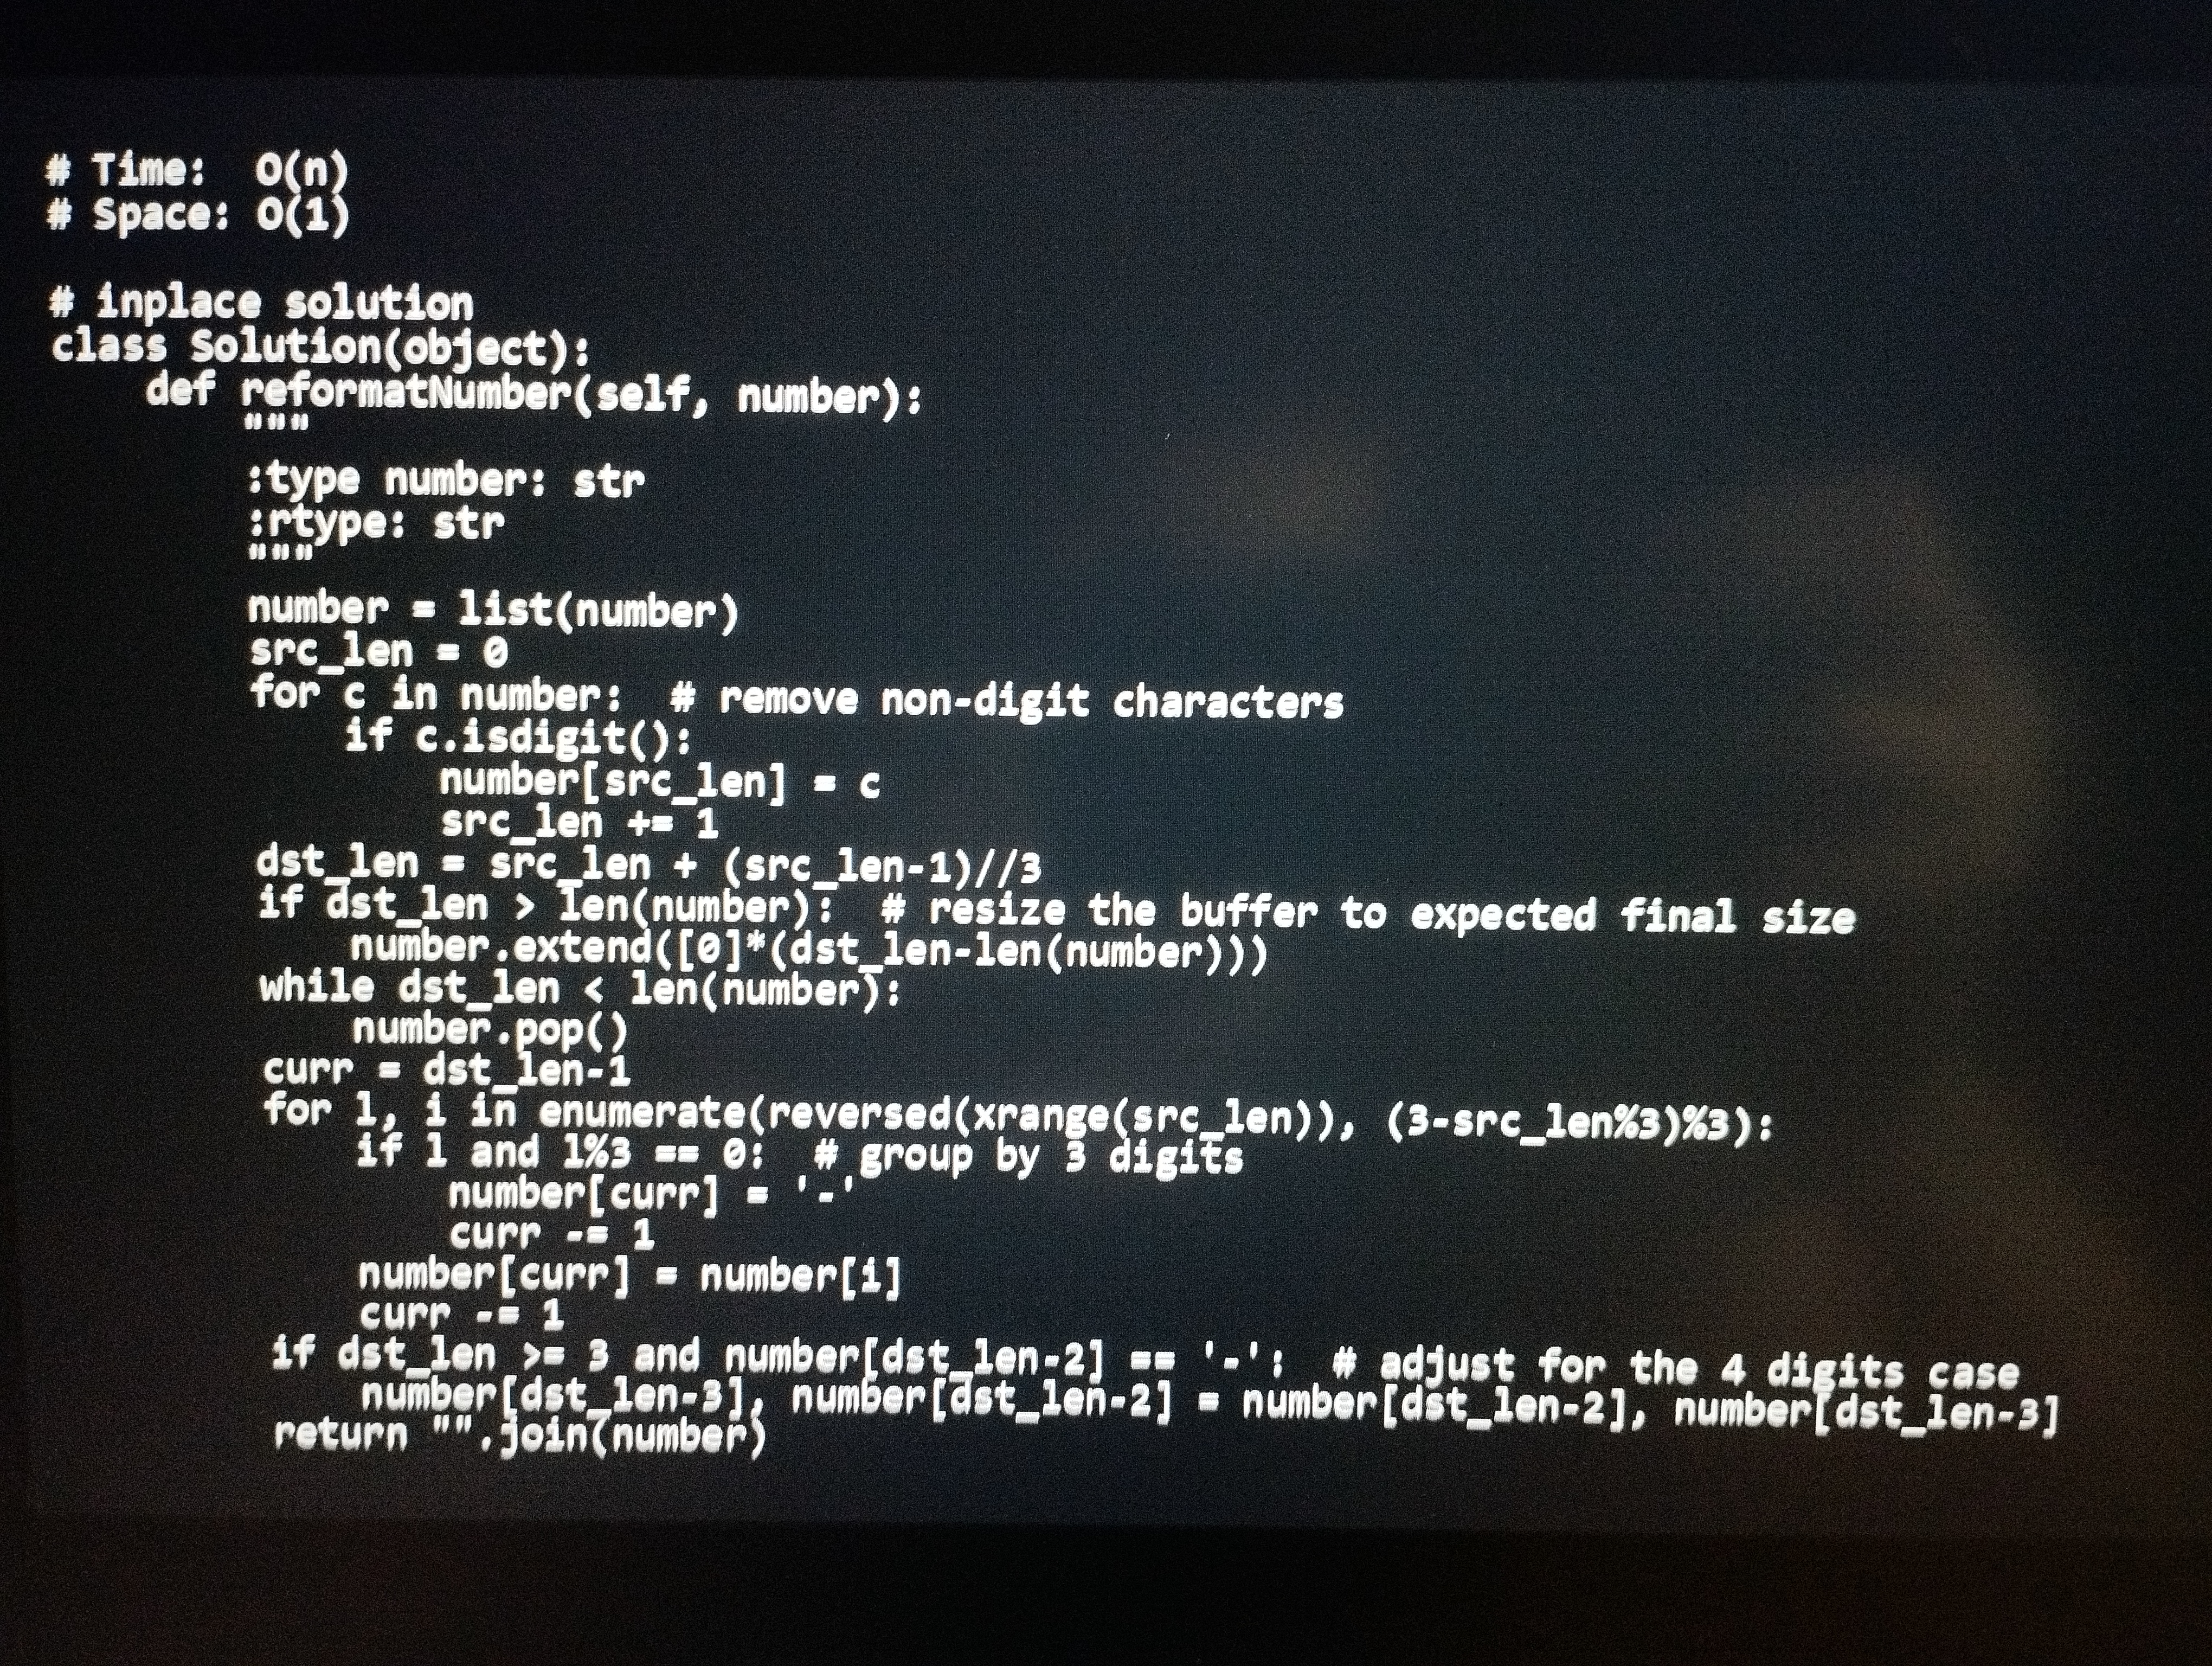
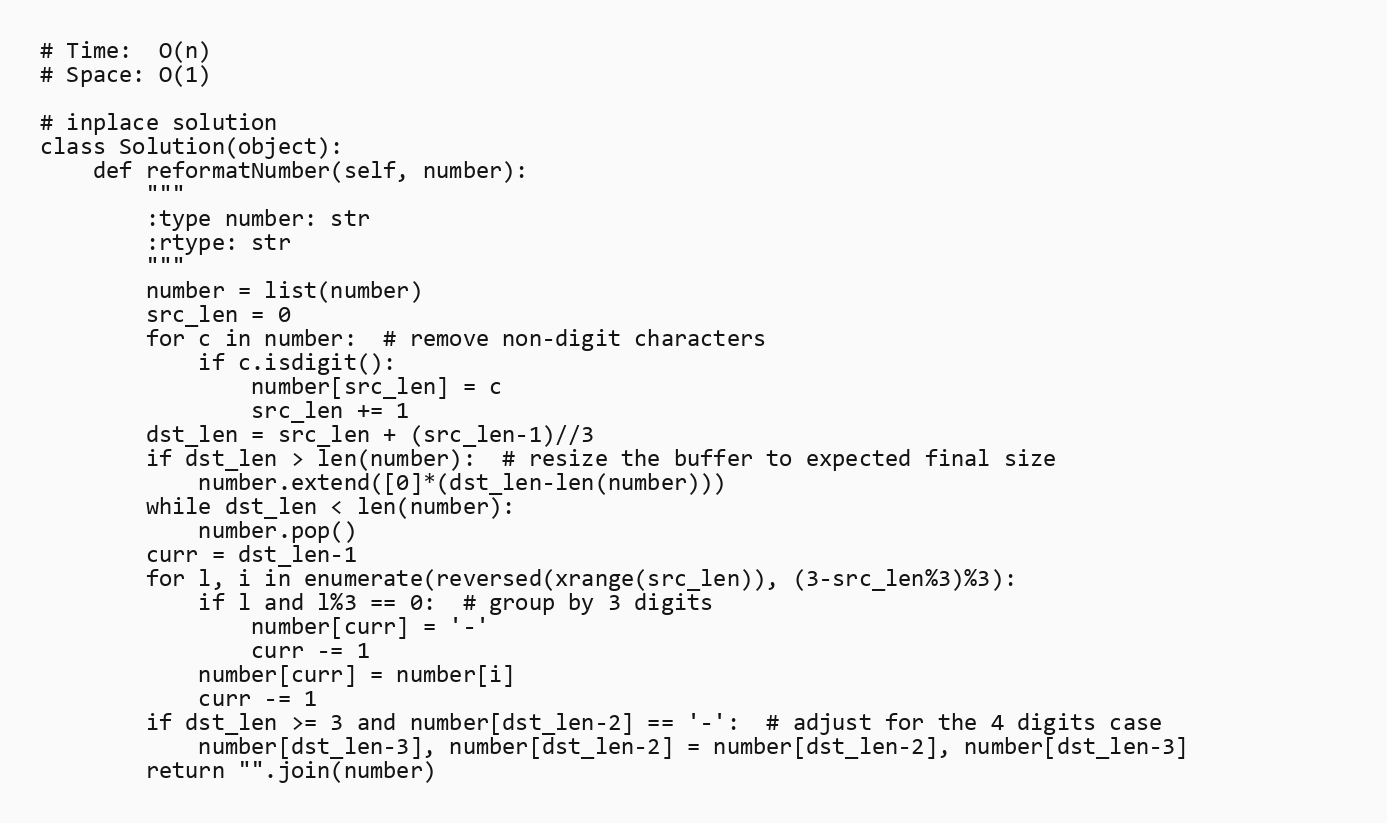
# Time:  O(n)
# Space: O(1)

# inplace solution
class Solution(object):
    def reformatNumber(self, number):
        """
        :type number: str
        :rtype: str
        """
        number = list(number)
        src_len = 0
        for c in number:  # remove non-digit characters
            if c.isdigit():
                number[src_len] = c
                src_len += 1
        dst_len = src_len + (src_len-1)//3
        if dst_len > len(number):  # resize the buffer to expected final size
            number.extend([0]*(dst_len-len(number)))
        while dst_len < len(number):
            number.pop()
        curr = dst_len-1
        for l, i in enumerate(reversed(xrange(src_len)), (3-src_len%3)%3):
            if l and l%3 == 0:  # group by 3 digits
                number[curr] = '-'
                curr -= 1
            number[curr] = number[i]
            curr -= 1
        if dst_len >= 3 and number[dst_len-2] == '-':  # adjust for the 4 digits case
            number[dst_len-3], number[dst_len-2] = number[dst_len-2], number[dst_len-3]
        return "".join(number)